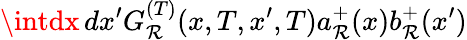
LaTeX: \intdx\, dx^{\prime}G_{\mathcal{R}}^{(T)}(x,T,x^{\prime},T)a_{\mathcal{R}}^{+}(x)b_{\mathcal{R}}^{+}(x^{\prime})